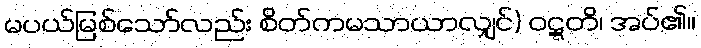
မပယ်မြစ်သော်လည်း စိတ်ကမသာယာလျှင်) ဝဋ္ဋတိ၊ အပ်၏။